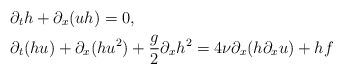
LaTeX: \begin{align*}&\partial_t h + \partial_x (u h) = 0, \\&\partial_t(hu) + \partial_x(hu^2) + \frac{g}{2}\partial_x h^2= 4\nu\partial_x (h \partial_x u)+hf\end{align*}